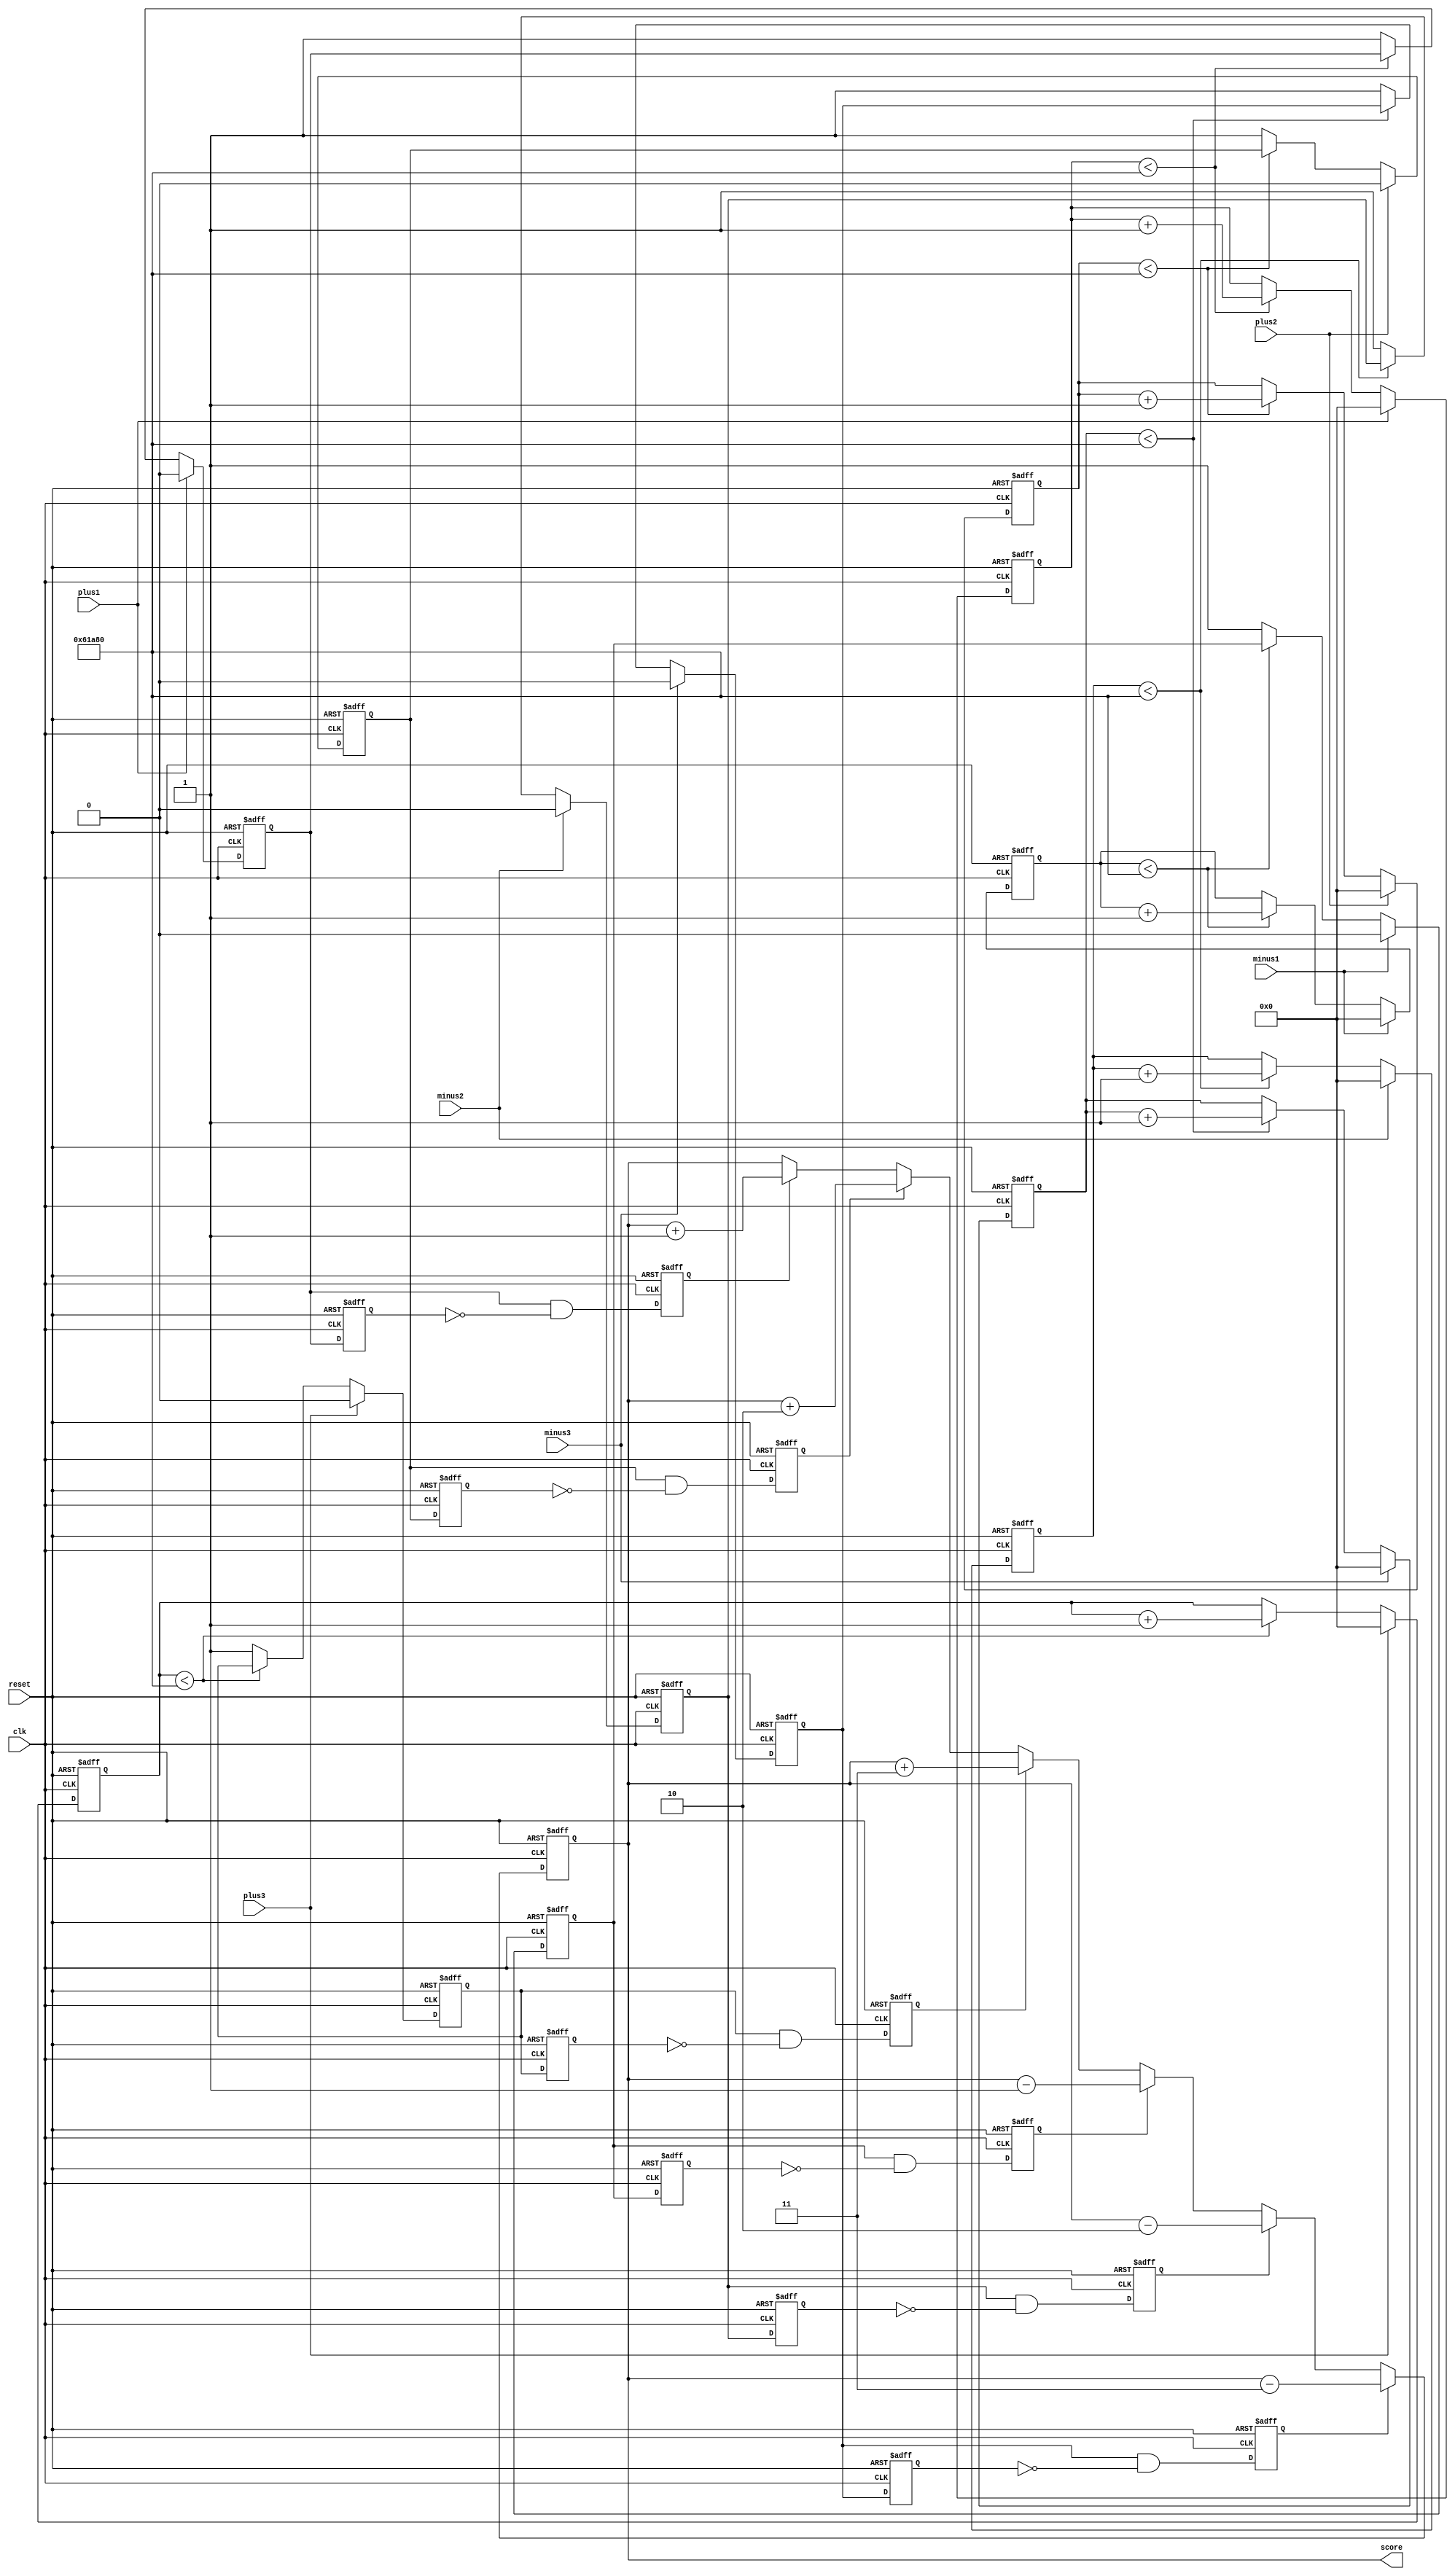
module adder (
    input wire clk,
    input wire reset,
    input wire plus1,
    input wire plus2,
    input wire plus3,
    input wire minus1,
    input wire minus2,
    input wire minus3,
    output reg [10:0] score
);

    wire reset_n = ~reset;

    // Debounce parameters
    localparam DEBOUNCE_TIME = 400000;  // Adjust as necessary for debounce period

    // Debounce logic for plus1 button
    reg [19:0] debounce_counter_plus1;
    reg debounce_plus1;
    reg plus1_stable;

    always @(posedge clk or negedge reset) begin
        if (!reset) begin
            debounce_counter_plus1 <= 0;
            debounce_plus1 <= 0;
            plus1_stable <= 0;
        end else begin
            if (plus1 == 1'b0) begin
                if (debounce_counter_plus1 < DEBOUNCE_TIME) begin
                    debounce_counter_plus1 <= debounce_counter_plus1 + 1;
                end else begin
                    debounce_plus1 <= 1;
                    plus1_stable <= 1;
                end
            end else begin
                debounce_counter_plus1 <= 0;
                debounce_plus1 <= 0;
                plus1_stable <= 0;
            end
        end
    end

    // Debounce logic for plus2 button
    reg [19:0] debounce_counter_plus2;
    reg debounce_plus2;
    reg plus2_stable;

    always @(posedge clk or negedge reset) begin
        if (!reset) begin
            debounce_counter_plus2 <= 0;
            debounce_plus2 <= 0;
            plus2_stable <= 0;
        end else begin
            if (plus2 == 1'b0) begin
                if (debounce_counter_plus2 < DEBOUNCE_TIME) begin
                    debounce_counter_plus2 <= debounce_counter_plus2 + 1;
                end else begin
                    debounce_plus2 <= 1;
                    plus2_stable <= 1;
                end
            end else begin
                debounce_counter_plus2 <= 0;
                debounce_plus2 <= 0;
                plus2_stable <= 0;
            end
        end
    end

    // Debounce logic for plus3 button
    reg [19:0] debounce_counter_plus3;
    reg debounce_plus3;
    reg plus3_stable;

    always @(posedge clk or negedge reset) begin
        if (!reset) begin
            debounce_counter_plus3 <= 0;
            debounce_plus3 <= 0;
            plus3_stable <= 0;
        end else begin
            if (plus3 == 1'b0) begin
                if (debounce_counter_plus3 < DEBOUNCE_TIME) begin
                    debounce_counter_plus3 <= debounce_counter_plus3 + 1;
                end else begin
                    debounce_plus3 <= 1;
                    plus3_stable <= 1;
                end
            end else begin
                debounce_counter_plus3 <= 0;
                debounce_plus3 <= 0;
                plus3_stable <= 0;
            end
        end
    end

    // Debounce logic for minus1 button
    reg [19:0] debounce_counter_minus1;
    reg debounce_minus1;
    reg minus1_stable;

    always @(posedge clk or negedge reset) begin
        if (!reset) begin
            debounce_counter_minus1 <= 0;
            debounce_minus1 <= 0;
            minus1_stable <= 0;
        end else begin
            if (minus1 == 1'b0) begin
                if (debounce_counter_minus1 < DEBOUNCE_TIME) begin
                    debounce_counter_minus1 <= debounce_counter_minus1 + 1;
                end else begin
                    debounce_minus1 <= 1;
                    minus1_stable <= 1;
                end
            end else begin
                debounce_counter_minus1 <= 0;
                debounce_minus1 <= 0;
                minus1_stable <= 0;
            end
        end
    end

    // Debounce logic for minus2 button
    reg [19:0] debounce_counter_minus2;
    reg debounce_minus2;
    reg minus2_stable;

    always @(posedge clk or negedge reset) begin
        if (!reset) begin
            debounce_counter_minus2 <= 0;
            debounce_minus2 <= 0;
            minus2_stable <= 0;
        end else begin
            if (minus2 == 1'b0) begin
                if (debounce_counter_minus2 < DEBOUNCE_TIME) begin
                    debounce_counter_minus2 <= debounce_counter_minus2 + 1;
                end else begin
                    debounce_minus2 <= 1;
                    minus2_stable <= 1;
                end
            end else begin
                debounce_counter_minus2 <= 0;
                debounce_minus2 <= 0;
                minus2_stable <= 0;
            end
        end
    end

    // Debounce logic for minus3 button
    reg [19:0] debounce_counter_minus3;
    reg debounce_minus3;
    reg minus3_stable;

    always @(posedge clk or negedge reset) begin
        if (!reset) begin
            debounce_counter_minus3 <= 0;
            debounce_minus3 <= 0;
            minus3_stable <= 0;
        end else begin
            if (minus3 == 1'b0) begin
                if (debounce_counter_minus3 < DEBOUNCE_TIME) begin
                    debounce_counter_minus3 <= debounce_counter_minus3 + 1;
                end else begin
                    debounce_minus3 <= 1;
                    minus3_stable <= 1;
                end
            end else begin
                debounce_counter_minus3 <= 0;
                debounce_minus3 <= 0;
                minus3_stable <= 0;
            end
        end
    end

    // Button debounce logic (optional, but recommended)
    reg plus1_reg, plus2_reg, plus3_reg, minus1_reg, minus2_reg, minus3_reg;
    reg plus1_last, plus2_last, plus3_last, minus1_last, minus2_last, minus3_last;

    always @(posedge clk or negedge reset) begin
        if (!reset) begin
            plus1_reg <= 0;
            plus2_reg <= 0;
            plus3_reg <= 0;
            minus1_reg <= 0;
            minus2_reg <= 0;
            minus3_reg <= 0;
            plus1_last <= 0;
            plus2_last <= 0;
            plus3_last <= 0;
            minus1_last <= 0;
            minus2_last <= 0;
            minus3_last <= 0;
        end else begin
            plus1_last <= plus1_stable;
            plus2_last <= plus2_stable;
            plus3_last <= plus3_stable;
            minus1_last <= minus1_stable;
            minus2_last <= minus2_stable;
            minus3_last <= minus3_stable;

            plus1_reg <= (plus1_stable & ~plus1_last);  // Detect rising edge
            plus2_reg <= (plus2_stable & ~plus2_last);  // Detect rising edge
            plus3_reg <= (plus3_stable & ~plus3_last);  // Detect rising edge
            minus1_reg <= (minus1_stable & ~minus1_last);  // Detect rising edge
            minus2_reg <= (minus2_stable & ~minus2_last);  // Detect rising edge
            minus3_reg <= (minus3_stable & ~minus3_last);  // Detect rising edge
        end
    end

    // Score update logic
    always @(posedge clk or negedge reset) begin
        if (!reset) begin
            score <= 0;  // Reset score to 0
        end else begin
            if (plus1_reg) begin
                score <= score + 1;
            end
            if (plus2_reg) begin
                score <= score + 2;
            end
            if (plus3_reg) begin
                score <= score + 3;
            end
            if (minus1_reg) begin
                score <= score - 1;
            end
            if (minus2_reg) begin
                score <= score - 2;
            end
            if (minus3_reg) begin
                score <= score - 3;
            end
        end
    end

endmodule